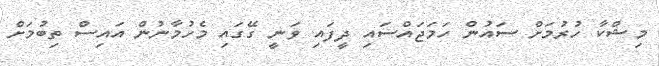
މިޝްކާ ހުރުމަށް ސައުން ހަމަޖައްސައި ދީފައި ވަނީ ގޭގައި މެހުމާނުން އައިސް ތިބުމަށް